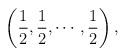
LaTeX: \begin{align*}\left(\frac12,\frac12,\cdots,\frac12\right),\end{align*}